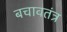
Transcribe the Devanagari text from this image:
बचावतंत्र